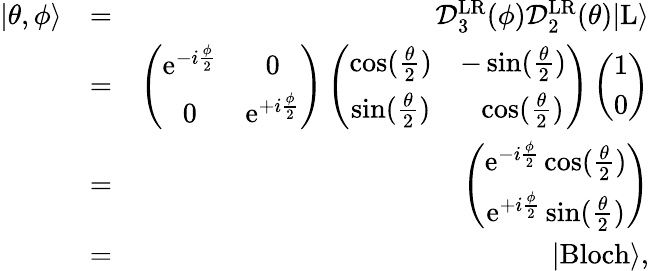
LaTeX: \begin{array}{rlr}{|\theta,\phi\rangle}&{=}&{\mathcal{D}_{3}^{\mathrm{LR}}(\phi)\mathcal{D}_{2}^{\mathrm{LR}}(\theta)|\mathrm{L}\rangle}\\ &{=}&{\left(\begin{array}{cc}{\mathrm{e}^{-i\frac{\phi}{2}}}&{0}\\ {0}&{\mathrm{e}^{+i\frac{\phi}{2}}}\end{array}\right)\left(\begin{array}{cc}{\cos(\frac{\theta}{2})}&{-\sin(\frac{\theta}{2})}\\ {\sin(\frac{\theta}{2})}&{\ \ \cos(\frac{\theta}{2})}\end{array}\right)\left(\begin{array}{c}{1}\\ {0}\end{array}\right)}\\ &{=}&{\left(\begin{array}{c}{\mathrm{e}^{-i\frac{\phi}{2}}\cos(\frac{\theta}{2})}\\ {\mathrm{e}^{+i\frac{\phi}{2}}\sin(\frac{\theta}{2})}\end{array}\right)}\\ &{=}&{|\mathrm{Bloch}\rangle,}\end{array}